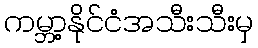
ကမ္ဘာ့နိုင်ငံအသီးသီးမှ